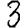
Digit: 3